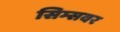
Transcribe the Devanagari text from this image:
सिम्सवर